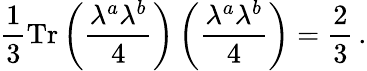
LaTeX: \frac{1}{3}\mathrm{Tr}\left(\frac{\lambda^{a}\lambda^{b}}{4}\right)\left(\frac{\lambda^{a}\lambda^{b}}{4}\right)=\frac{2}{3}\, .